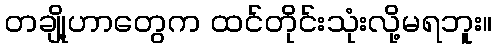
တချို့ဟာတွေက ထင်တိုင်းသုံးလို့မရဘူး။